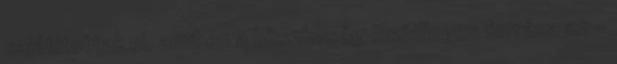
sajátítottak el, amiben a büszkeség elsődleges forrása az –